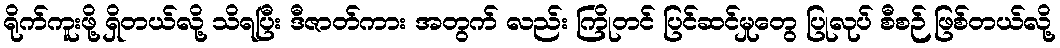
ရိုက်ကူးဖို့ ရှိတယ်လို့ သိရပြီး ဒီဇာတ်ကား အတွက် လည်း ကြိုတင် ပြင်ဆင်မှုတွေ ပြုလုပ် စီစဉ် ဖြစ်တယ်လို့